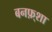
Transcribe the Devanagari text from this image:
बनफ़्शा